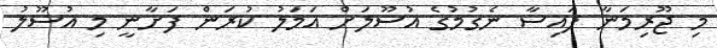
މި ޖޫރިމަނާ ފައިސާ ނެގުމުގެ އުސޫލަށް އަމަލު ކުރަން ފަށާނީ މި އުސޫލު